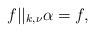
LaTeX: \begin{align*} f||_{k, \nu}\alpha = f, \end{align*}